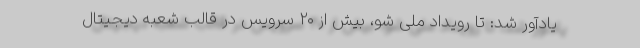
یادآور شد: تا رویداد ملی شو، بیش از ۲۰ سرویس در قالب شعبه دیجیتال